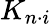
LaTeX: K_{n\cdot i}